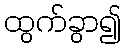
ထွက်ခွာ၍